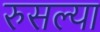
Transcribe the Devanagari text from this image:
रुसल्या